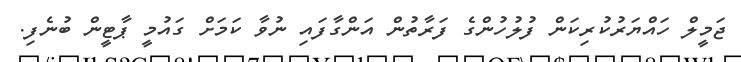
ޖަމީލް ހައްޔަރުކުރިކަން ފުލުހުންގެ ފަރާތުން އަންގާފައި ނުވާ ކަމަށް ގައުމީ ޕާޓީން ބުނެފި.